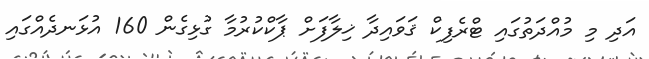
އަދި މި މުއްދަތުގައި ޓްރެފިކް ޤަވައިދާ ޚިލާފަށް ޕާކްކުރުމާ ގުޅިގެން 160 އުޅަނދެއްގައި